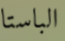
الباستا